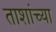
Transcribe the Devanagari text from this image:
ताशांच्या